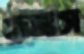
হাজাস